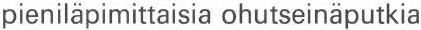
pieniläpimittaisia ohutseinäputkia